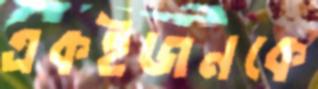
একইজনকে